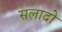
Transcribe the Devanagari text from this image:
सलादो